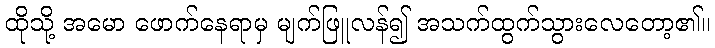
ထိုသို့ အမော ဖောက်နေရာမှ မျက်ဖြူလန်၍ အသက်ထွက်သွားလေတော့၏။